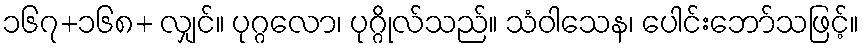
၁၆၇+၁၆၈+ လျှင်။ ပုဂ္ဂလော၊ ပုဂ္ဂိုလ်သည်။ သံဝါသေန၊ ပေါင်းဘော်သဖြင့်။